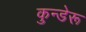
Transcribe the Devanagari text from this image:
कुन्डेरू